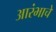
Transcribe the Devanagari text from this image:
आरंभाचे